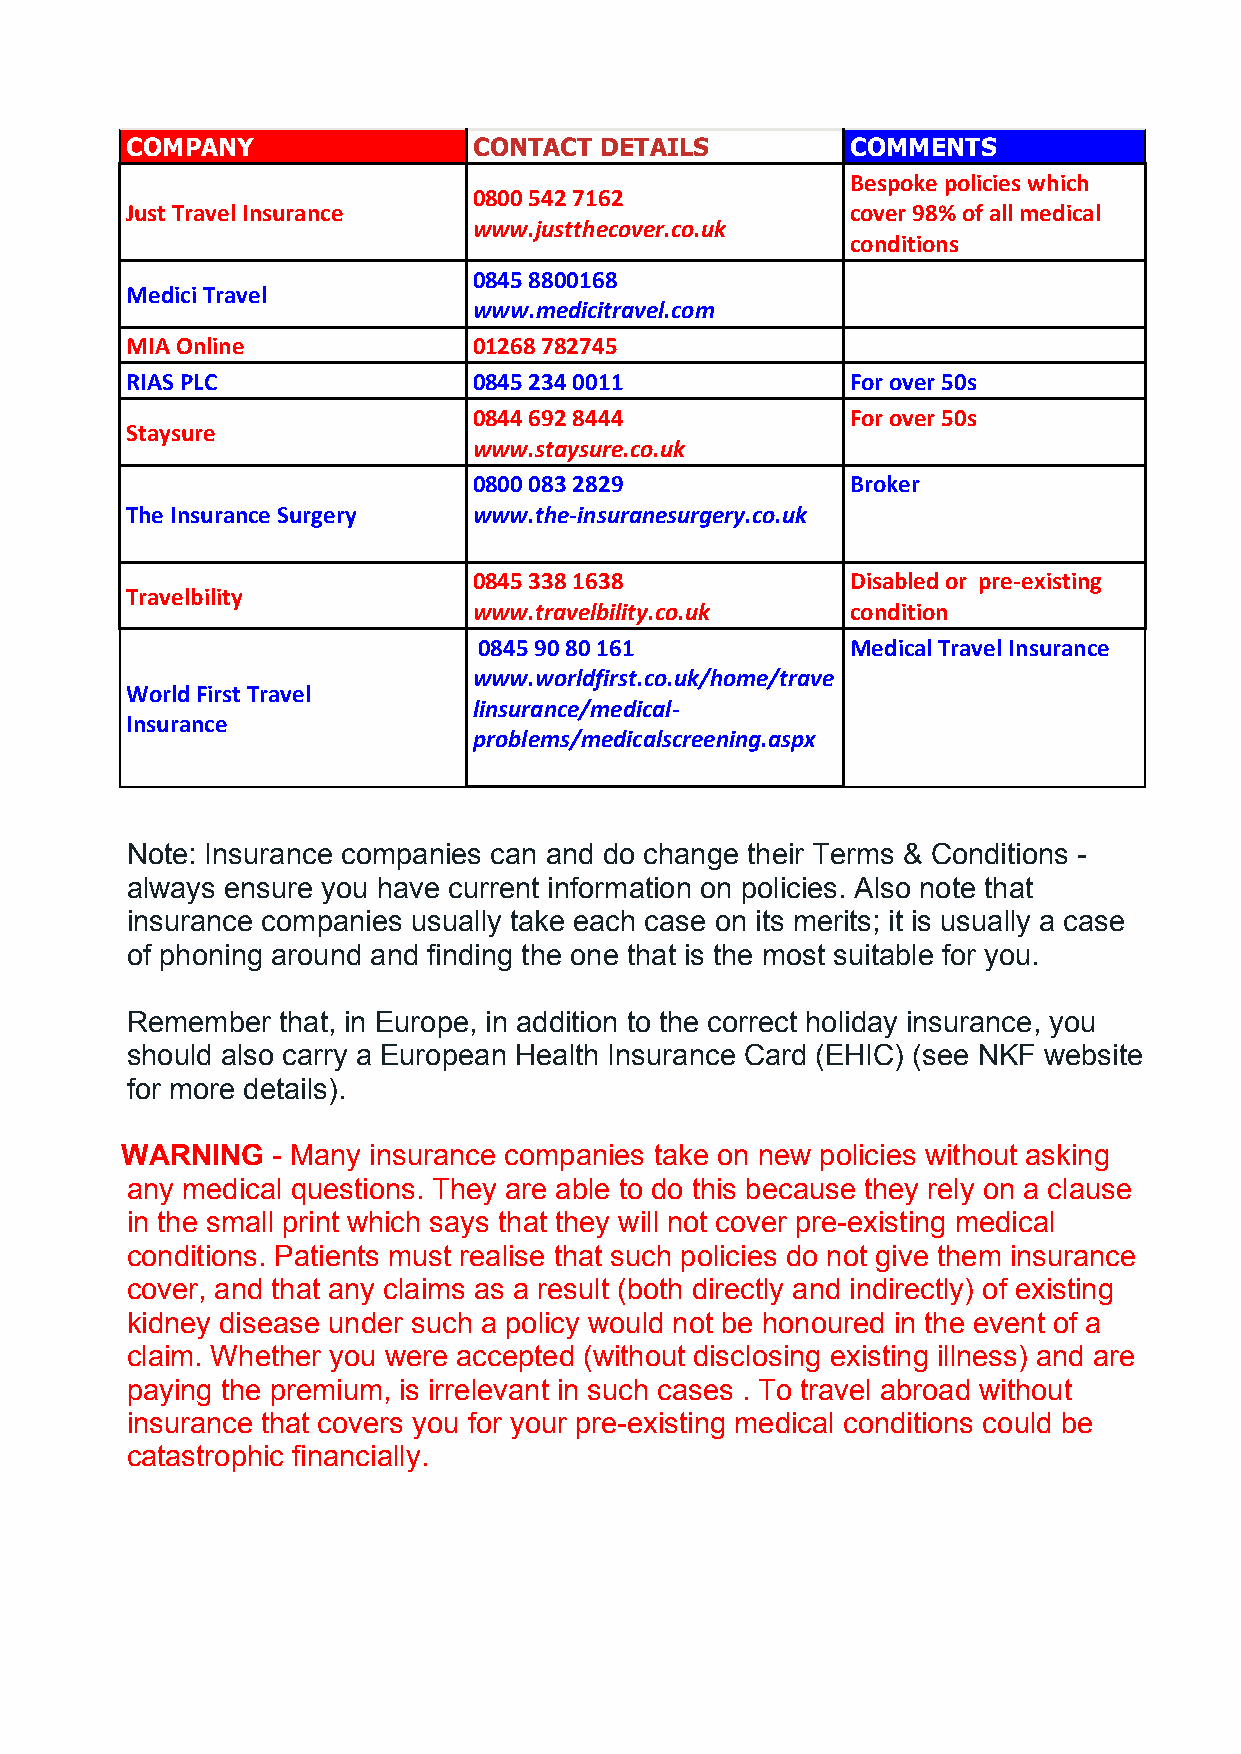
COMPANY                CONTACT  DETAILS         COMMENTS
 Bespoke policies which
 0800 542 7162
 Just Travel Insurance                           cover 98% of all medical
 www.justthecover.co.uk
 conditions
 0845 8800168
 Medici Travel
 www.medicitravel.com
 MIA Online             01268 782745
 RIAS PLC               0845 234 0011            For over 50s
 0844 692 8444            For over 50s
 Staysure
 www.staysure.co.uk
 0800 083 2829            Broker
 The Insurance Surgery  www.the-insuranesurgery.co.uk
 0845 338 1638            Disabled or pre-existing
 Travelbility
 www.travelbility.co.uk   condition
 0845 90 80 161          Medical Travel Insurance
 www.worldfirst.co.uk/home/trave
 World First Travel
 linsurance/medical-
 Insurance
 problems/medicalscreening.aspx
 Note: Insurance companies can and do change their Terms & Conditions -
 always ensure you have current information on policies. Also note that
 insurance companies usually take each case on its merits; it is usually a case
 of phoning around and finding the one that is the most suitable for you.
 Remember  that, in Europe, in addition to the correct holiday insurance, you
 should also carry a European Health Insurance Card (EHIC) (see NKF website
 for more details).
 WARNING   - Many insurance companies take on new policies without asking
 any medical questions. They are able to do this because they rely on a clause
 in the small print which says that they will not cover pre-existing medical
 conditions. Patients must realise that such policies do not give them insurance
 cover, and that any claims as a result (both directly and indirectly) of existing
 kidney disease under such a policy would not be honoured in the event of a
 claim. Whether you were accepted (without disclosing existing illness) and are
 paying the premium, is irrelevant in such cases . To travel abroad without
 insurance that covers you for your pre-existing medical conditions could be
 catastrophic financially.